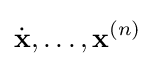
{\dot {\mathbf {x} }},\dots ,\mathbf {x} ^{(n)}